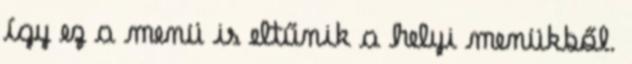
így ez a menü is eltűnik a helyi menükből.